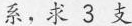
系，求3支